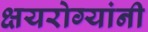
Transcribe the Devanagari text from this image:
क्षयरोग्यांनी